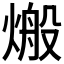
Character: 𪹙